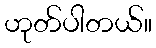
ဟုတ်ပါတယ်။